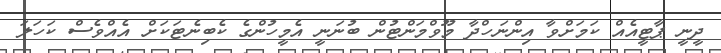
ދީނީ ޕާޓީއެއް ކަމަށްވާ އިންނަހްދާ މޫވްމަންޓުން ބުނަނީ އެމީހުންގެ ކެބިނެޓަކަށް އެއްވެސް ކަހަލަ